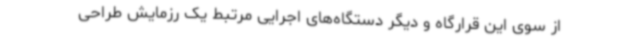
از سوی این قرارگاه و دیگر دستگاه‌های اجرایی مرتبط یک رزمایش طراحی